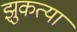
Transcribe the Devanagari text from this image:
झुकत्या